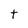
Character: t